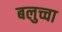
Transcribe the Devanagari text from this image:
बलुच्चा